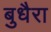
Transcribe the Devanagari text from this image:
बुधैरा